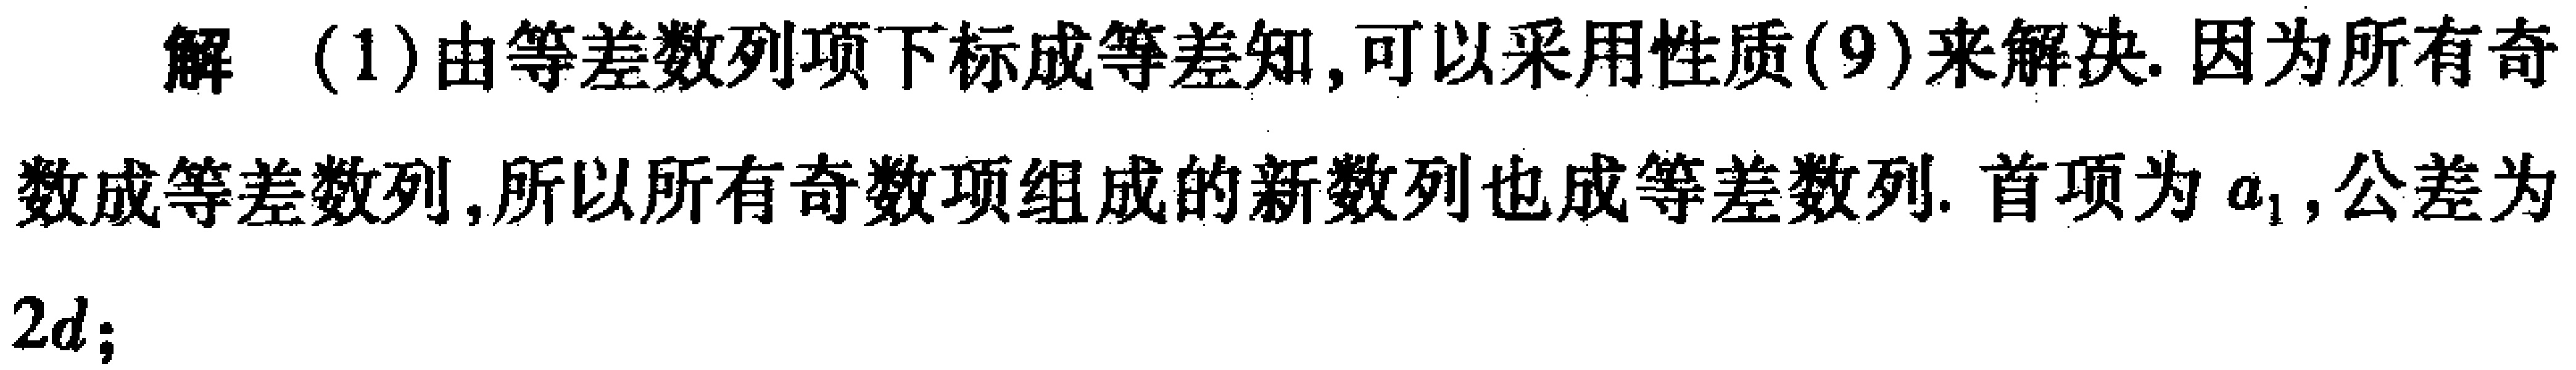
解 (1)由等差数列项下标成等差知,可以采用性质(9)来解决. 因为所有奇数成等差数列,所以所有奇数项组成的新数列也成等差数列. 首项为\(a_{1}\),公差为\(2d\);